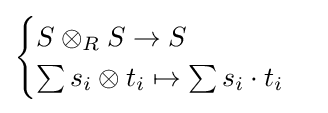
{\begin{cases}S\otimes _{R}S\to S\\\sum s_{i}\otimes t_{i}\mapsto \sum s_{i}\cdot t_{i}\end{cases}}